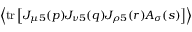
\left< \mathrm { t r } \left[ J _ { \mu 5 } ( p ) J _ { \nu 5 } ( q ) J _ { \rho 5 } ( r ) A _ { \sigma } ( s ) \right] \right>